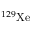
^ { 1 2 9 } \mathrm { X e }